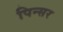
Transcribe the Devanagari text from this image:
पिन्सर